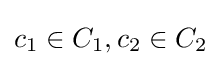
c_{1}\in C_{1},c_{2}\in C_{2}